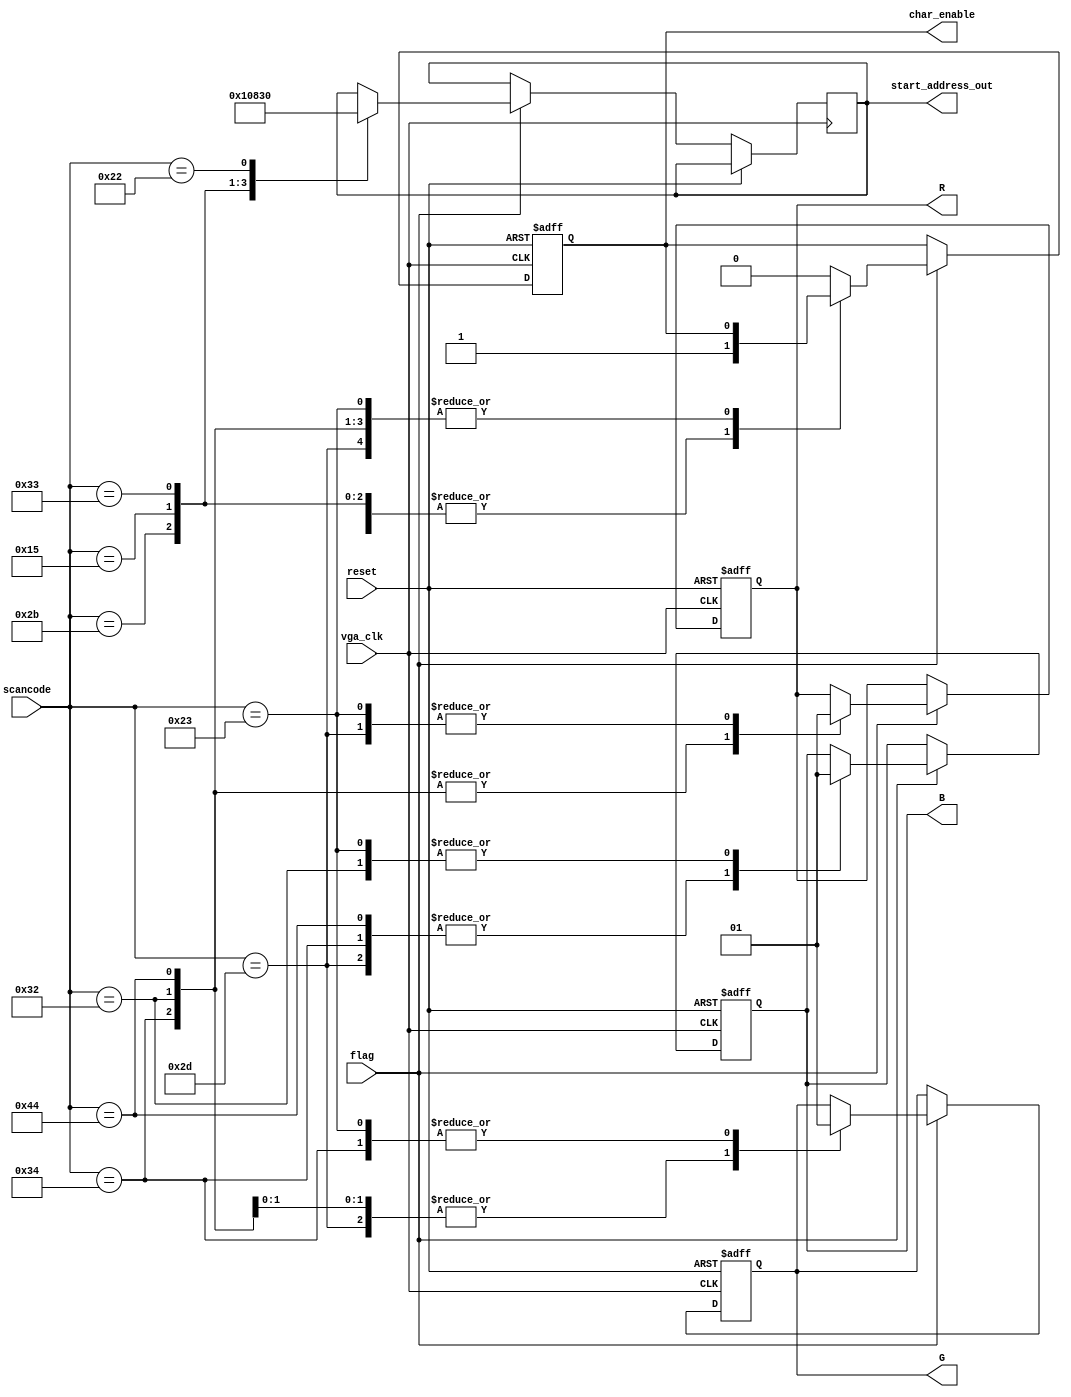
module scancode_decoder(reset,vga_clk,flag,scancode,start_address_out,char_enable,R,G,B);
input [7:0] scancode;
input reset,vga_clk,flag;
output reg char_enable,R,G,B;
output reg [5:0] start_address_out;



always @(posedge vga_clk or posedge reset ) 
begin 
if(reset)
   begin
    char_enable<=0;
     R<=0;
	  G<=0;
	  B<=0;	
   end
else	 begin
   if(flag)
     begin
      case(scancode)
        8'h2B: begin //F 
					start_address_out<=6'b000000; 
					char_enable<=1; 
					end
        8'h15: begin //Q
					start_address_out<=6'b010000; 
					char_enable<=1;
					end					
        8'h33: begin //H
					start_address_out<=6'b100000; 
					char_enable<=1;
					end
        8'h22: begin //X
					start_address_out<=6'b110000 ; 
					char_enable<=1;
					end
					
			8'h2d:begin
			        R<=1;
					  G<=0;
					  B<=0;
               end	
         8'h34:begin
			        R<=0;
			        G<=1;
					  B<=0;
               end	
	      8'h32:begin
			        R<=0;
					  G<=0;
			        B<=1;
               end	
			8'h44:begin
			        R<=0;
					  G<=0;
					  B<=0;
               end	
			8'h23:begin
			          R<=1;
					  G<=1;
					  B<=1;
               end			
					
					
					
			default : char_enable<=0;
     endcase
  end
  end
end
endmodule